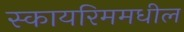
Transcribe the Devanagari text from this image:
स्कायरिममधील